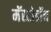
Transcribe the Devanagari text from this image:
मॅस्टोडॉन